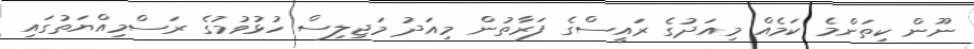
ނޫން ކިތަންމެ ކަމެއް މިއަދުގެ ރައީސްގެ ފަރާތުން މިއަދު މަޖިލިސް ހުޅުވުމުގެ ރަސްމިއްޔަތުގައި